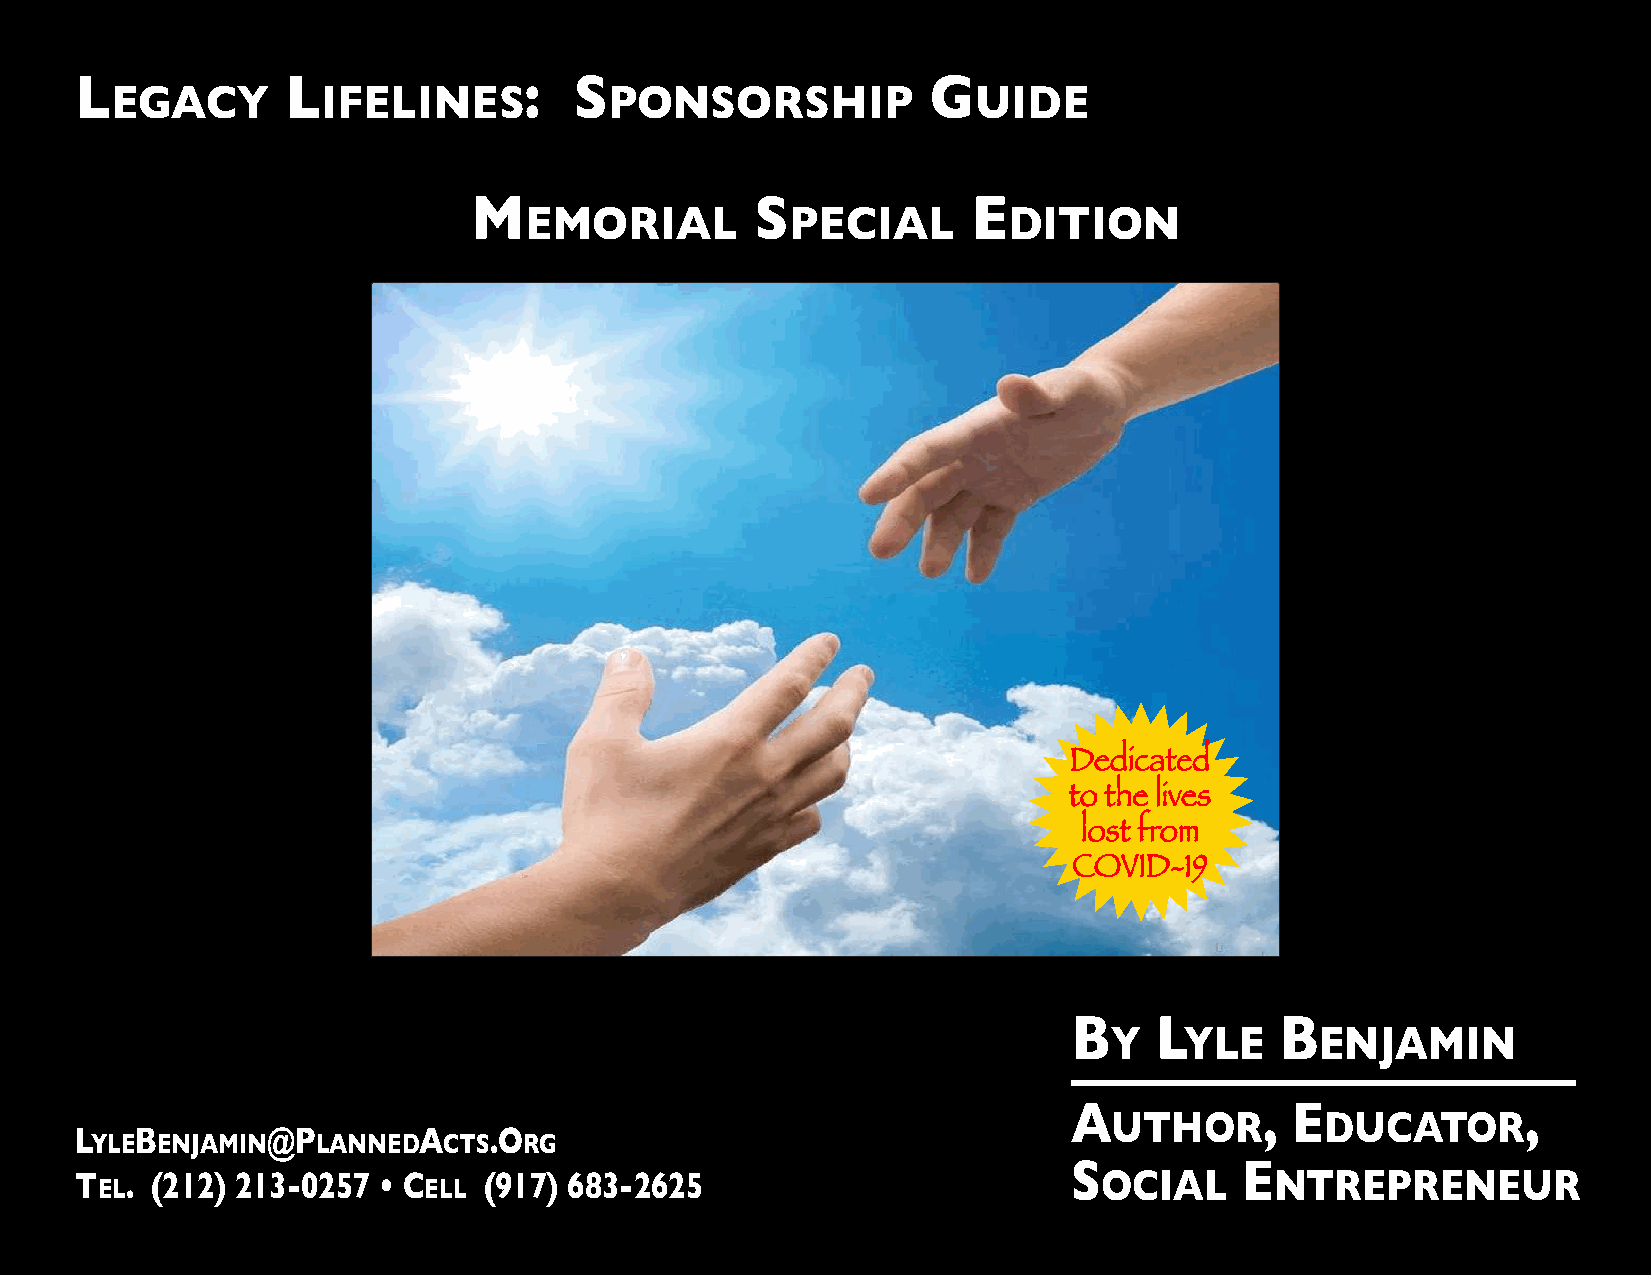
L             L               :  S                       G
 EGACY         IFELINES           PONSORSHIP              UIDE
 M                  S             E
 EMORIAL          PECIAL         DITION
 Dedicated
 to the lives
 lost from
 COVID-19
 B    L        B
 Y    YLE      ENJAMIN
 A            , E              ,
 UTHOR         DUCATOR
 L   B        @P        A   .O
 YLE ENJAMIN    LANNED  CTS   RG
 S          E
 T  . (212) 213-0257 • C    (917) 683-2625                           OCIAL      NTREPRENEUR
 EL                    ELL